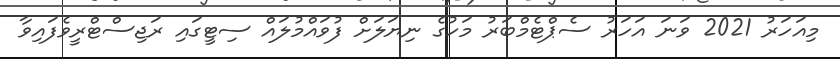
މިއަހަރު 2021 ވަނަ އަހަރު ސެޕްޓެމްބަރު މަހުގެ ނިޔަލަށް ފުވައްމުލައް ސިޓީގައި ރަޖިސްޓްރީވެފައިވާ